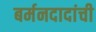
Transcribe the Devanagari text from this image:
बर्मनदादांची